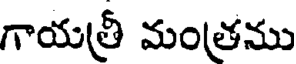
గాయత్రీ మంత్రము